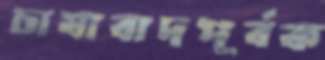
চাষাবাদপূর্বক